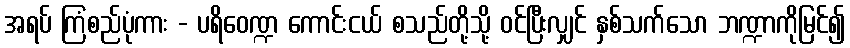
အရပ် ကြံစည်ပုံကား - ပရိဝေဏ္ဍ ကောင်းငယ် စသည်တို့သို့ ဝင်ပြီးလျှင် နှစ်သက်သော ဘဏ္ဍာကိုမြင်၍